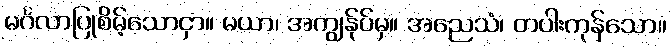
မင်္ဂလာပြုစိမ့်သောငှာ။ မယာ၊ အကျွန်ုပ်မှ။ အညေသံ၊ တပါးကုန်သော။